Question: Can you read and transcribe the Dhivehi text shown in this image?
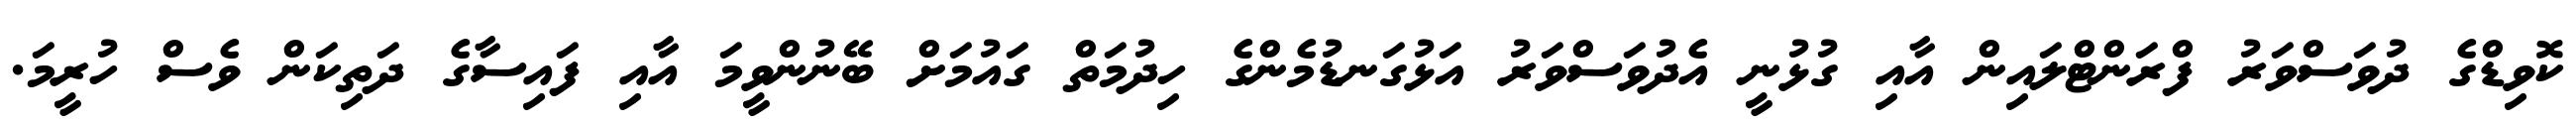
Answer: ކޮވިޑްގެ ދުވަސްވަރު ފްރަންޓްލައިން އާއި ގުޅުނީ އެދުވަސްވަރު އަޅުގަނޑުމެންގެ ހިދުމަތް ގައުމަށް ބޭނުންވީމަ އާއި ފައިސާގެ ދަތިކަން ވެސް ހުރީމަ.